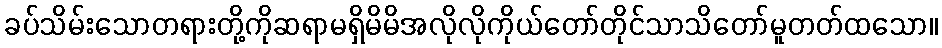
ခပ်သိမ်းသောတရားတို့ကိုဆရာမရှိမိမိအလိုလိုကိုယ်တော်တိုင်သာသိတော်မူတတ်ထသော။